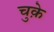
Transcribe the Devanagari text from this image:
चुक़े